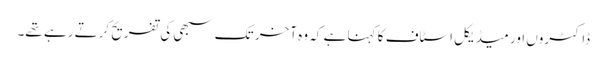
ڈاکٹروں اور میڈیکل اسٹاف کا کہنا ہے کہ وہ آخر تک سبھی کی تفریح کرتے رہے تھے۔